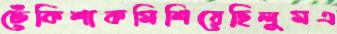
ঢেঁকিশাকমিশিয়েছিলুমএ